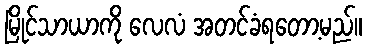
မြိုင်သာယာကို လေလံ အတင်ခံရတော့မည်။